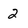
Character: 2